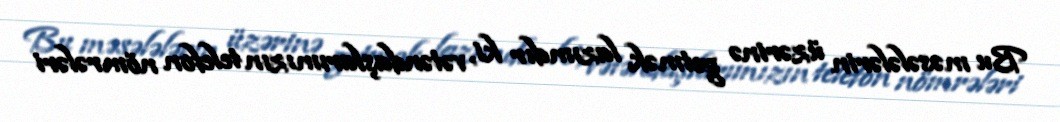
Bu məsələlərin üzərinə getmək lazımdır ki, vətəndaşlarımızın telefon nömrələri